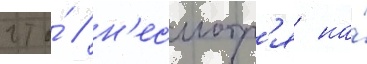
что́ / н'есмотр'я на́